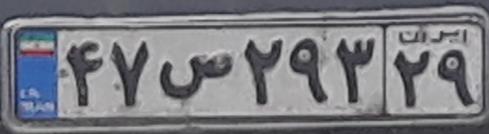
۴۷س۲۹۳۲۹